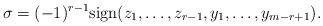
LaTeX: \begin{align*}\sigma = (-1)^{r-1} {\rm sign}(z_1,\ldots,z_{r-1},y_1,\ldots,y_{m-r+1}).\end{align*}